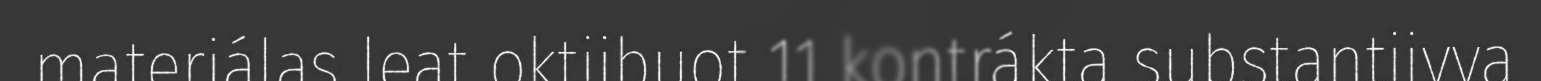
materiálas leat oktiibuot 11 kontrákta substantiivva